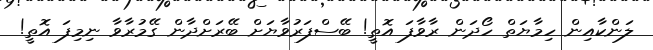
ލަންކާއިން ހިމާޔަތް ހޯދަން ރާވާފަ އޮތީ! ބޭސްފަރުވާޔަށް ބޭރަށްދާން ގޭމުރާވާ ނިމިފަ އޮތީ!